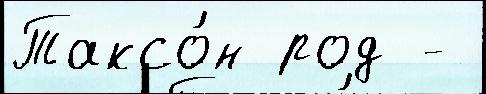
Таксо́н род -